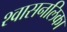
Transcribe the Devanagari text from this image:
श्‍वासनलिका